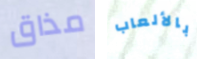
مذاق بالألعاب